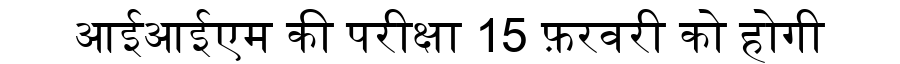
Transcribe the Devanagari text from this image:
आईआईएम की परीक्षा 15 फ़रवरी को होगी